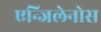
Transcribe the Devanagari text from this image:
एन्जिलेनोस